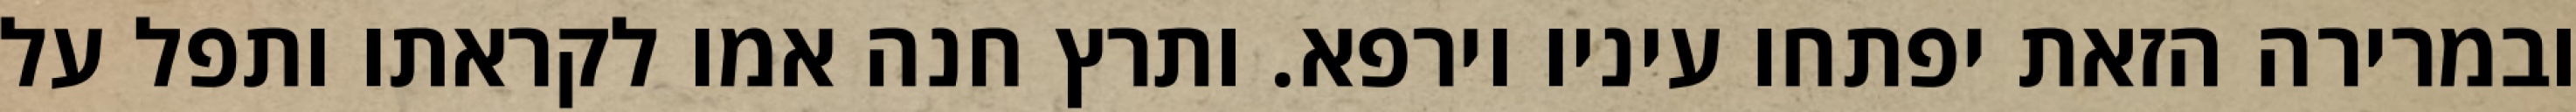
ובמרירה הזאת יפתחו עיניו וירפא. ותרץ חנה אמו לקראתו ותפל על